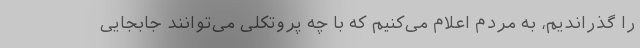
را گذراندیم، به مردم اعلام می‌کنیم که با چه پروتکلی می‌توانند جابجایی